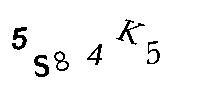
5S84K5